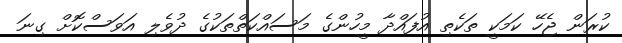
ކުރަން ޖެހޭ ކަމަކީ ތަކެތި އުފައްދާ މީހުންގެ މަސައްކަތްތަކުގެ ދުވެލި އަވަސްކޮށް ގިނަ